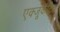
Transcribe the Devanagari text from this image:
एक्‍जूकेटिव